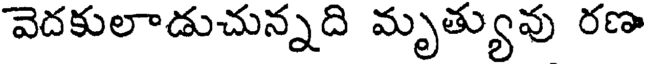
వెదకులాడుచున్నది మృత్యువు రణ